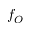
f _ { O }